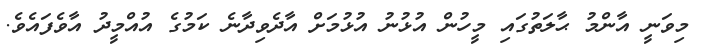
މިވަނީ އާންމު ޙާލަތުގައި މީހުން އުޅުނު އުޅުމަށް އާދެވިދާނެ ކަމުގެ އުއްމީދު އާވެފައެވެ.